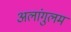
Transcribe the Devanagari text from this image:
अलांगुलम